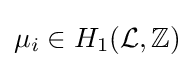
\mu _{i}\in H_{1}({\mathcal {L}},\mathbb {Z} )